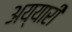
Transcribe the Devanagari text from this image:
अय्यारी